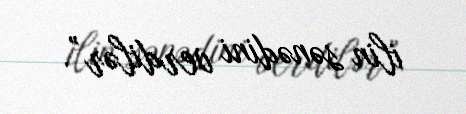
ilin sənədini verdilər”.